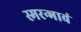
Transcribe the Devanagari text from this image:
स्मरन्भावं